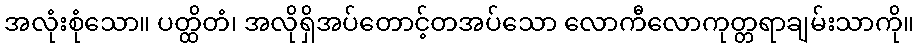
အလုံးစုံသော။ ပတ္ထိတံ၊ အလိုရှိအပ်တောင့်တအပ်သော လောကီလောကုတ္တရာချမ်းသာကို။